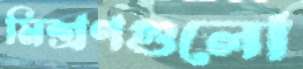
মিশ্রণগুলো